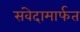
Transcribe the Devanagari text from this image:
संवेदामार्फत